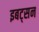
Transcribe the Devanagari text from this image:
इबट्सन